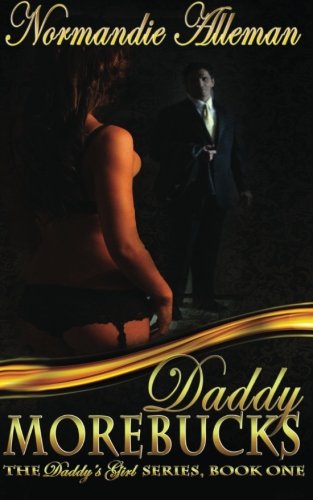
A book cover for Daddy Morebucks (The Daddy's Girl Series); Normandie Alleman; Romance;